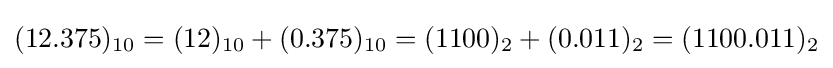
(12.375)_{10}=(12)_{10}+(0.375)_{10}=(1100)_{2}+(0.011)_{2}=(1100.011)_{2}